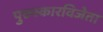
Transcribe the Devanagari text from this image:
पुरुस्कारविजेता